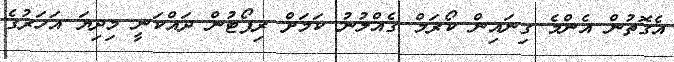
އެގޮތުން އެންމެ ގިނައިން ކޯރަމް ގެއްލުނު ކަމަށް ރިޕޯޓުން ދައްކަނީ މިދިޔަ އަހަރުގެ